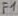
Text: F1